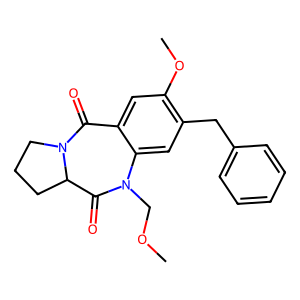
SMILES: COCN1C(=O)C2CCCN2C(=O)c2cc(OC)c(Cc3ccccc3)cc21
Inhibits HIV replication: No